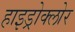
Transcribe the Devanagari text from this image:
हाइड्रोक्लोर